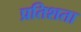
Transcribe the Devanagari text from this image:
प्रतिशता